Leaving Certificate Examination (including Day School Certificate (Higher) General paper), 1934
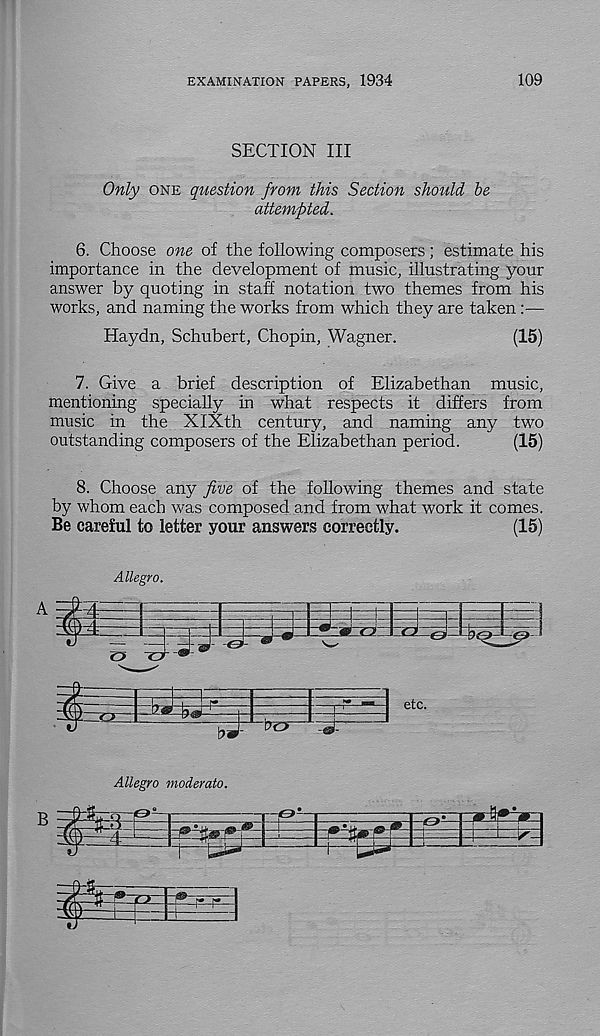
EXAMINATION PAPERS, 1934
109
SECTION III
Only one question from this Section should be
attempted.
6. Choose one of the following composers; estimate his
importance in the development of music, illustrating your
answer by quoting in staff notation two themes from his
works, and naming the works from which they are taken :—
Haydn, Schubert, Chopin, Wagner.
(15)
7. Give a brief description of Elizabethan music,
mentioning specially in what respects it differs from
music in the XIXth century, and naming any two
outstanding composers of the Elizabethan period.
(15)
8. Choose any five of the following themes and state
by whom each was composed and from what work it comes.
Be careful to letter your answers correctly.
(15)
Allegro.
5
3tZ2
" (J
<)
-kaL
&
^ etc.
Allegro moderato.
i
1=^